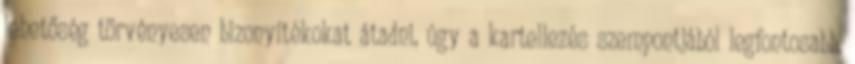
lehetőség törvényesen bizonyítékokat átadni, úgy a kartellezés szempontjából legfontosabb,